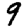
Digit: 9